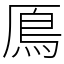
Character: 鳫